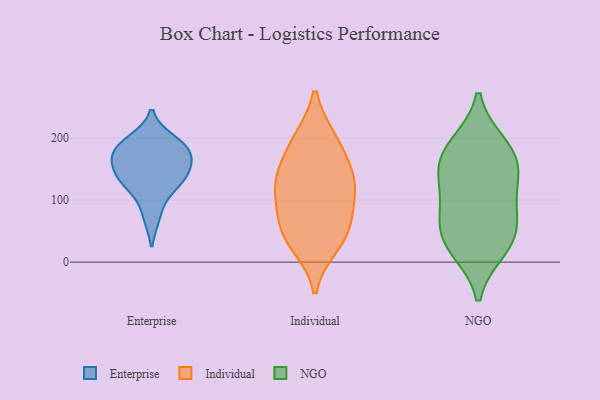
{"axis": {"x": "Energy Usage (MWh)", "y": "Value"}, "legend": ["Enterprise", "Individual", "NGO"], "data": [{"x": "", "y": 188, "type": "Enterprise"}, {"x": "", "y": 160, "type": "Enterprise"}, {"x": "", "y": 127, "type": "Enterprise"}, {"x": "", "y": 179, "type": "Enterprise"}, {"x": "", "y": 138, "type": "Enterprise"}, {"x": "", "y": 75, "type": "Enterprise"}, {"x": "", "y": 178, "type": "Enterprise"}, {"x": "", "y": 196, "type": "Enterprise"}, {"x": "", "y": 123, "type": "Enterprise"}, {"x": "", "y": 152, "type": "Enterprise"}, {"x": "", "y": 44, "type": "Individual"}, {"x": "", "y": 128, "type": "Individual"}, {"x": "", "y": 119, "type": "Individual"}, {"x": "", "y": 29, "type": "Individual"}, {"x": "", "y": 194, "type": "Individual"}, {"x": "", "y": 121, "type": "Individual"}, {"x": "", "y": 76, "type": "Individual"}, {"x": "", "y": 54, "type": "Individual"}, {"x": "", "y": 148, "type": "Individual"}, {"x": "", "y": 196, "type": "Individual"}, {"x": "", "y": 181, "type": "NGO"}, {"x": "", "y": 189, "type": "NGO"}, {"x": "", "y": 144, "type": "NGO"}, {"x": "", "y": 39, "type": "NGO"}, {"x": "", "y": 22, "type": "NGO"}, {"x": "", "y": 127, "type": "NGO"}, {"x": "", "y": 82, "type": "NGO"}, {"x": "", "y": 34, "type": "NGO"}, {"x": "", "y": 79, "type": "NGO"}, {"x": "", "y": 160, "type": "NGO"}]}